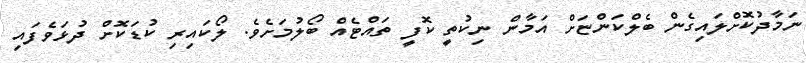
ނަމާދުކޮށްލައިގެން ބެލްކަންޏަށް އަމާން ނިކުތީ ކޮފީ ތައްޓެއް ބޯލުމަށެވެ. ލޯކައިރި ކުޑަކޮށް ދުޅަވެފައި